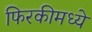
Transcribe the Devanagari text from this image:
फिरकीमध्ये